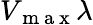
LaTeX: V_{\mathrm{~m~a~x~}}\lambda